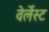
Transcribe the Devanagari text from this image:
वेर्लेस्ट